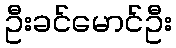
ဦးခင်မောင်ဦး